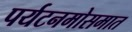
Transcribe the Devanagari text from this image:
पर्यटनमोसमात